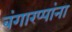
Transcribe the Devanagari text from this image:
बंगारप्पांना